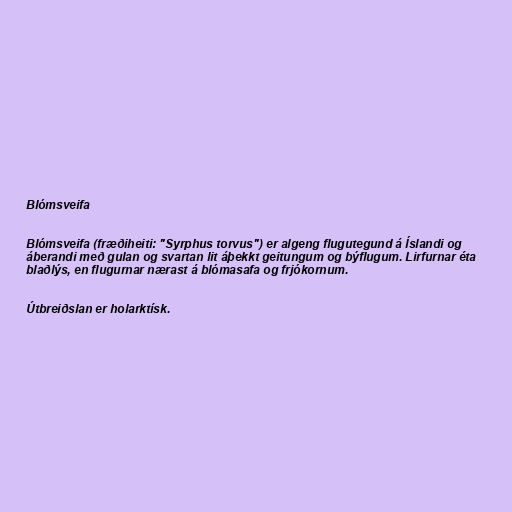
Blómsveifa

Blómsveifa (fræðiheiti: "Syrphus torvus") er algeng flugutegund á Íslandi og
áberandi með gulan og svartan lit áþekkt geitungum og býflugum. Lirfurnar éta
blaðlýs, en flugurnar nærast á blómasafa og frjókornum.

Útbreiðslan er holarktísk.